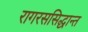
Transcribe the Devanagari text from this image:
रागरससिद्धान्त